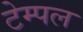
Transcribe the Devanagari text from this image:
टेम्‍पल